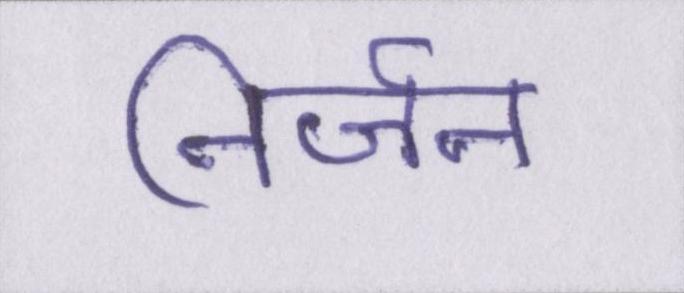
निर्जन